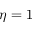
\eta = 1